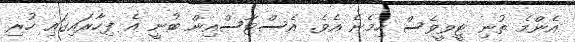
އެންމެ ތުނި ޓީވީވެސް ހިމެނެ އެވެ. އެސްޓާސްއިން ބުނީ އެ ފިހާރައިގައި ހުރި